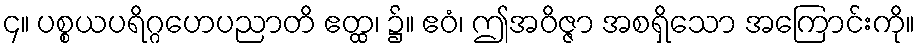
၄။ ပစ္စယပရိဂ္ဂဟေပညာတိ ဧတ္ထ၊ ၌။ ဧဝံ၊ ဤအဝိဇ္ဇာ အစရှိသော အကြောင်းကို။